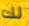
لك